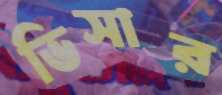
ভিসার